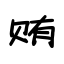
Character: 贿